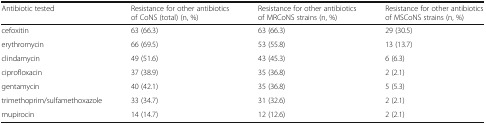
| Antibiotic tested | Resistance for other antibiotics of CoNS (total) (n, %) | Resistance for other antibiotics of MRCoNS strains (n, %) | Resistance for other antibiotics of MSCoNS strains (n, %) |
 | --- | --- | --- | --- |
 | cefoxitin | 63 (66.3) | 63 (66.3) | 29 (30.5) |
 | erythromycin | 66 (69.5) | 53 (55.8) | 13 (13.7) |
 | clindamycin | 49 (51.6) | 43 (45.3) | 6 (6.3) |
 | ciprofloxacin | 37 (38.9) | 35 (36.8) | 2 (2.1) |
 | gentamycin | 40 (42.1) | 35 (36.8) | 5 (5.3) |
 | trimethoprim/sulfamethoxazole | 33 (34.7) | 31 (32.6) | 2 (2.1) |
 | mupirocin | 14 (14.7) | 12 (12.6) | 2 (2.1) |